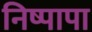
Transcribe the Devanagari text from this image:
निष्पापा